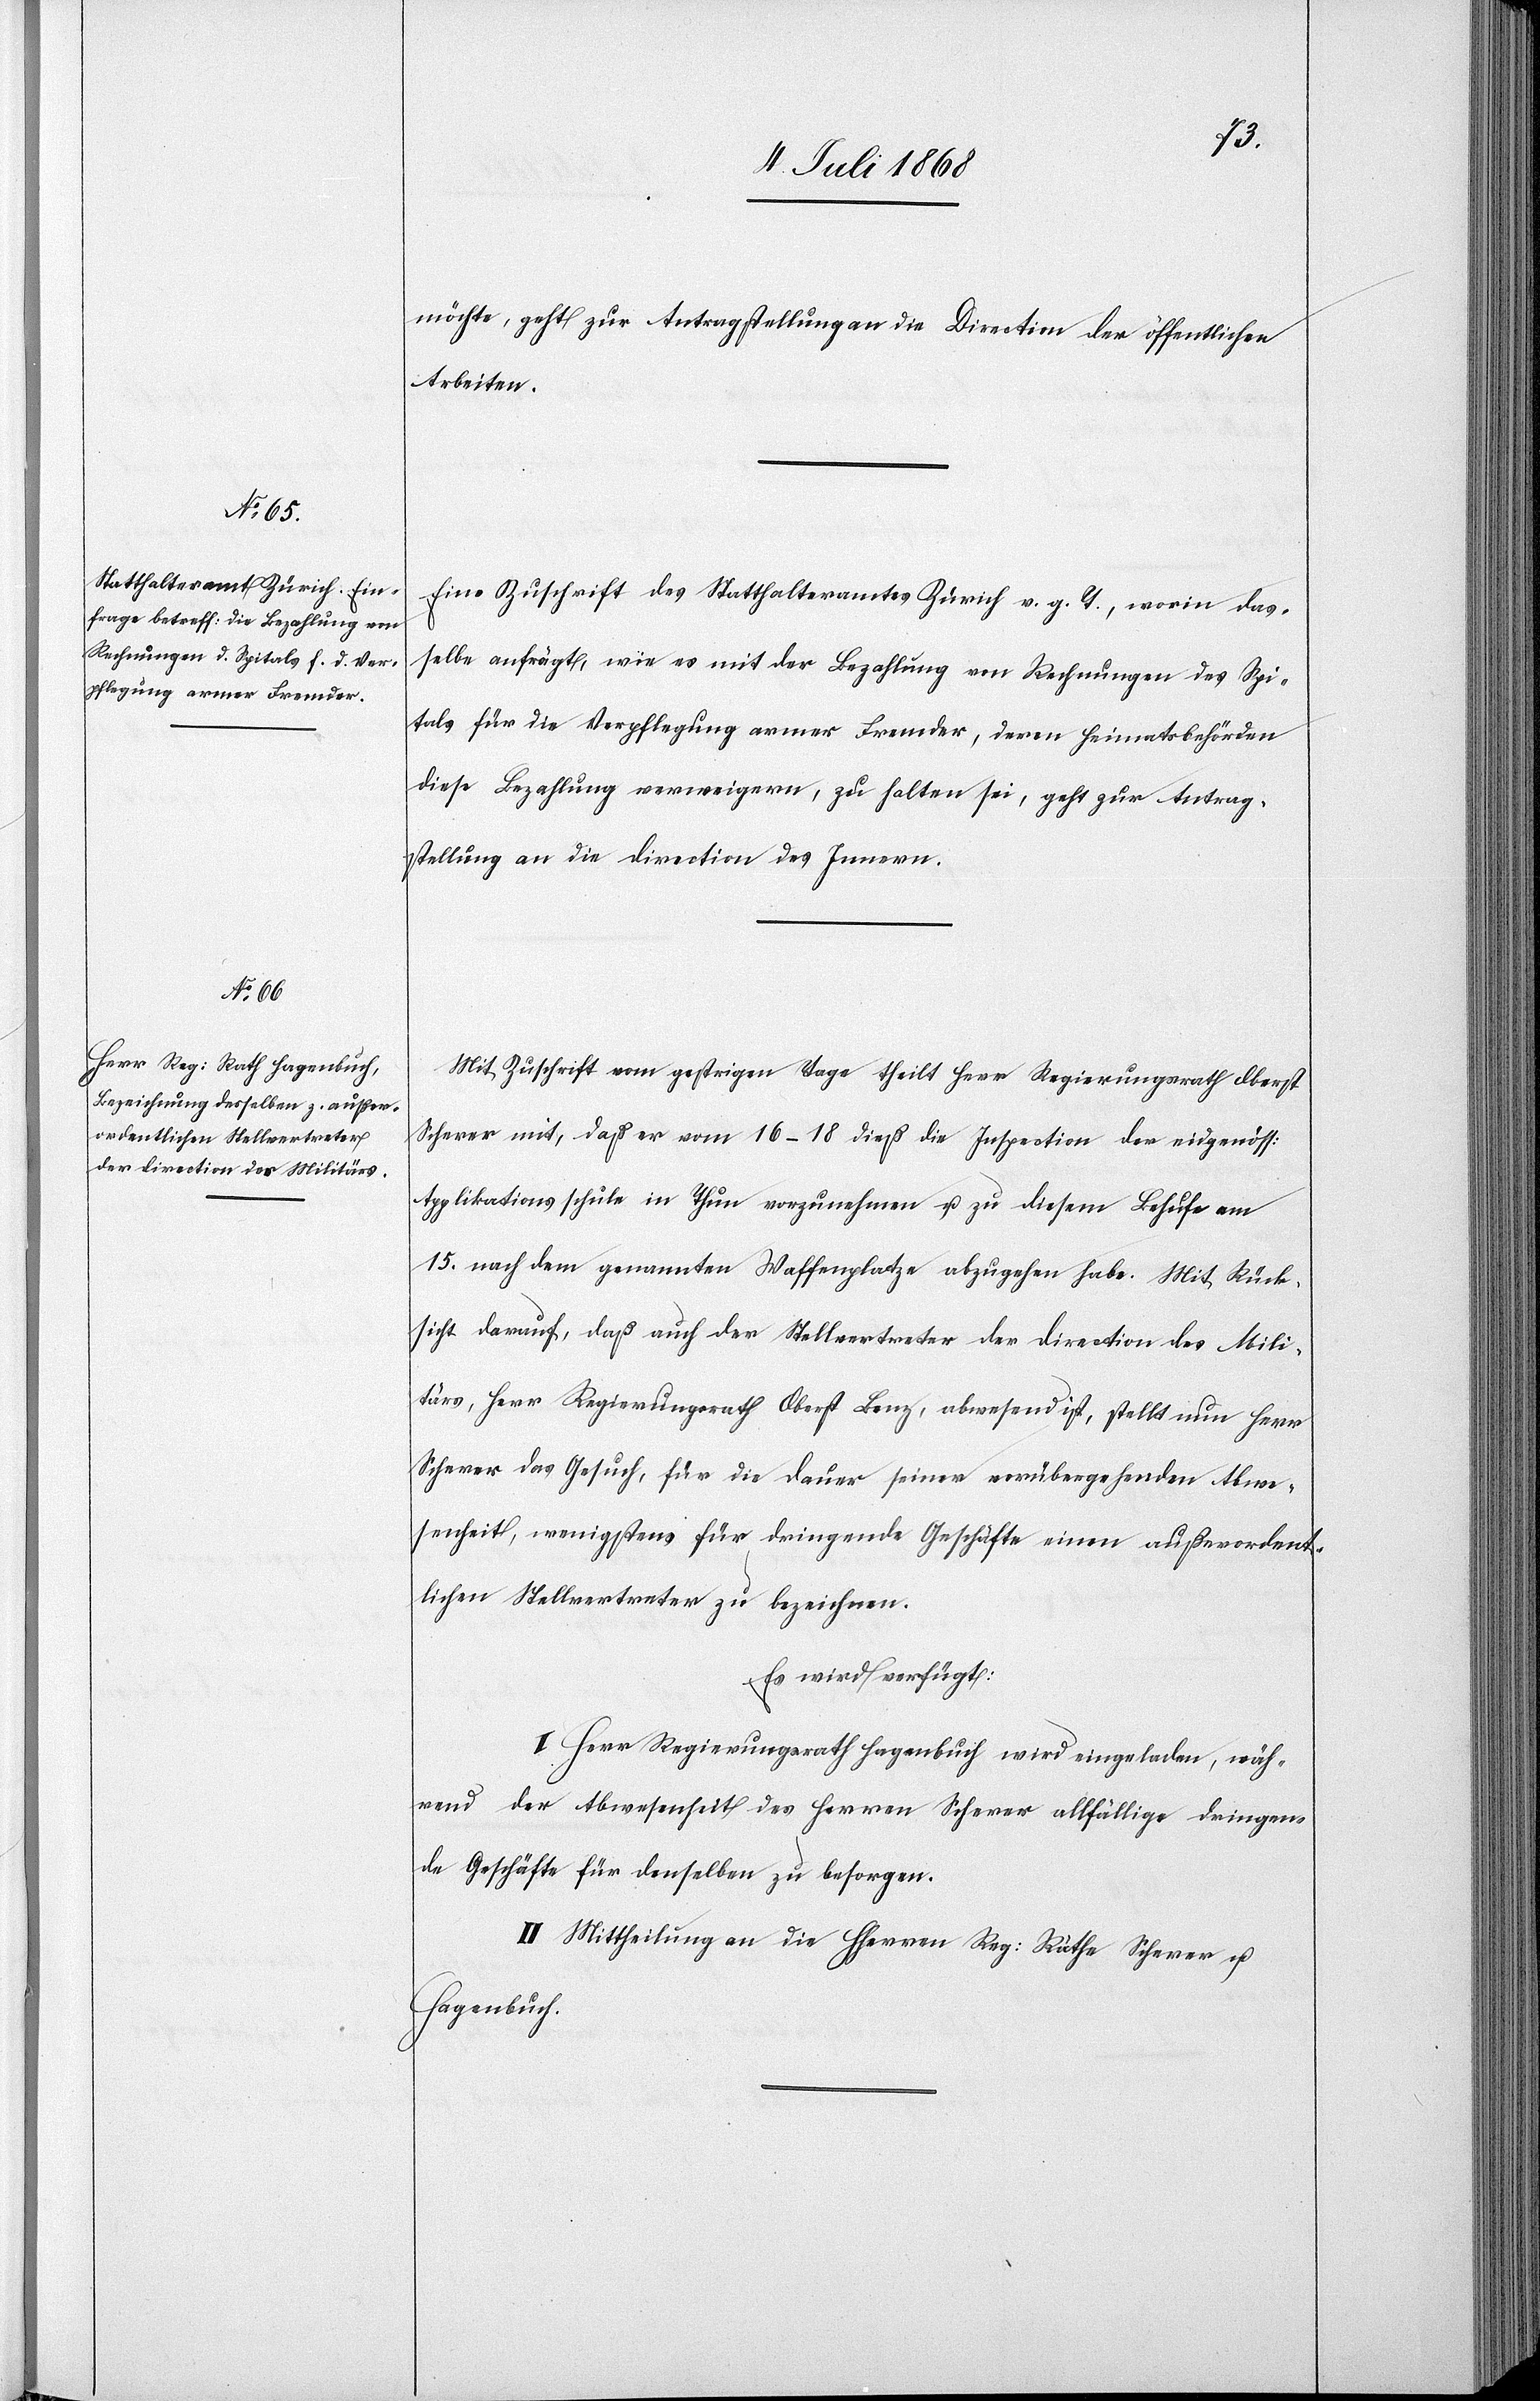
11. Juli 1868.]
möchte, geht zur Antragstellung an die Direction der öffentlichen
Arbeiten.
Eine Zuschrift des Statthalteramtes Zürich v. g. T., worin das¬
selbe anfrägt, wie es mit der Bezahlung von Rechnungen des Spi¬
tals für die Verpflegung armer Fremder, deren Heimatsbehörden
diese Bezahlung verweigern, zu halten sei, geht zur Antrag¬
stellung an die Direction des Innern.
Mit Zuschrift vom gestrigen Tage theilt Herr Regierungsrath Oberst
Scherer mit, daß er vom 16–18 dieß die Inspection der eidgenöss:
Applikationsschule in Thun vorzunehmen u. zu diesem Behufe am
15. nach dem genannten Waffenplatze abzugehen habe. Mit Rück¬
sicht darauf, daß auch der Stellvertreter der Direction des Mili¬
tärs, Herr Regierungsrath Oberst Benz, abwesend ist, stellt nun Herr
Scherer das Gesuch, für die Dauer seiner vorübergehenden Abwe¬
senheit, wenigstens für dringende Geschäfte einen außerordent¬
lichen Stellvertreter zu bezeichnen.
Es wird verfügt:
I. Herr Regierungsrath Hagenbuch wird eingeladen, wäh¬
rend der Abwesenheit des Herren Scherer allfällige dringen¬
de Geschäfte für denselben zu besorgen.
II. Mittheilung an die HHerren Reg: Räthe Scherer u.
Hagenbuch.